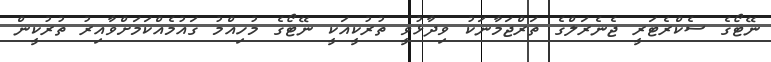
ނޭޓޯގެ ސެކްރެޓަރީ ޖެނެރަލްގެ ތަރްޖަމާނަކު ވިދާޅުވީ ތުރުކީއަކީ ނޭޓޯގެ މުހިއްމު ގައުމެއްކަމަށްވާއިރު ތުރުކީން